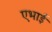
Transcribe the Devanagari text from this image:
एभाई